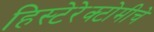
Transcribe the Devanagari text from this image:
हिस्टेरेक्टोमीचे